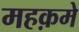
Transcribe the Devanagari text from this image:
महक़मे